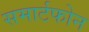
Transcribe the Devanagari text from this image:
समार्टफोन